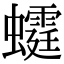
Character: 𧓴